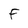
Character: F